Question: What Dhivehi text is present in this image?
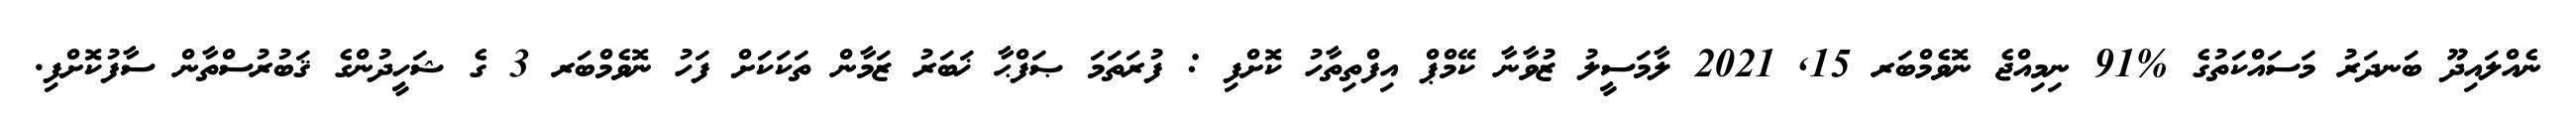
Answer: ނެއްލައިދޫ ބަނދަރު މަސައްކަތުގެ %91 ނިމިއްޖެ ނޮވެމްބަރ 15, 2021 ލާމަސީލު ޒުވާނާ ކޭމްޕް އިފްތިތާހު ކޮށްފި : ފުރަތަމަ ޞަފްޙާ ޚަބަރު ޒަމާން ތަކަކަށް ފަހު ނޮވެމްބަރ 3 ގެ ޝަހީދުންގެ ޤަބުރުސްތާން ސާފުކޮށްފި.